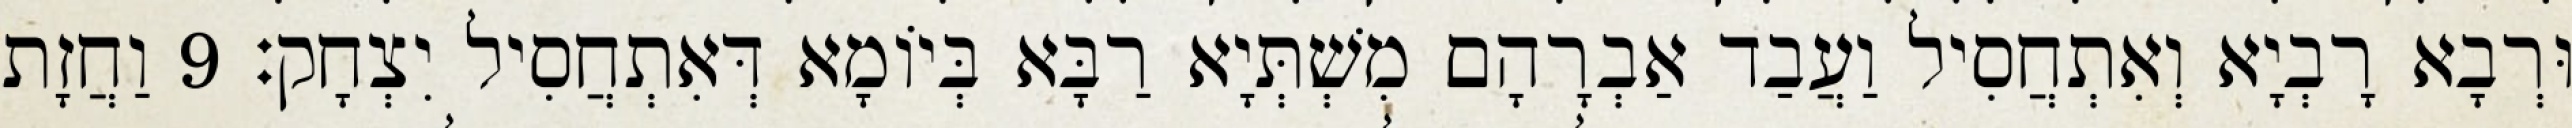
וּרְבָא רָבְיָא וְאִתְחֲסִיל וַעֲבַד אַבְרָהָם מִשְׁתְּיָא רַבָּא בְּיוֹמָא דְּאִתְחֲסִיל יִצְחָק׃ 9 וַחֲזָת